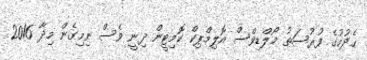
ހެދުމުގެ ފުރުސަތު މޯލްޑިވްސް އޮލިމްޕިކް ކޮމިޓީން ދިނީ ވެސް ނިމިގެން މިދާ 2016